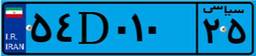
۷۰D۹۴۵۷۴